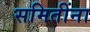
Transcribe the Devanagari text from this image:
समितींना